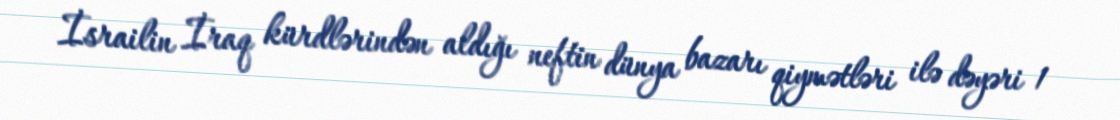
İsrailin İraq kürdlərindən aldığı neftin dünya bazarı qiymətləri ilə dəyəri 1